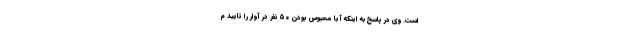
است. وی در پاسخ به اینکه آیا محبوس بودن ۵۰ نفر در آوار را تایید م